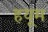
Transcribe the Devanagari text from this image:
हयूम